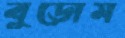
বুড়োম